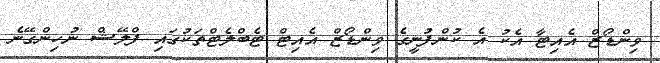
ވިންޑޯޒް އެއިޓާ އެކު އެ ކުންފުނީގެ ވިންޑޯޒް އެއިޓް ޓެބްލެޓްތަކުގައި ފްލޭޝް ނުހިންގޭނެ